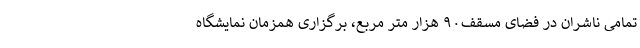
تمامی ناشران در فضای مسقف۹۰ هزار متر مربع، برگزاری همزمان نمایشگاه